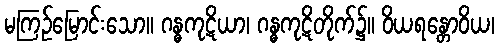
မကြဉ်မြောင်းသော။ ဂန္ဓကုဋိယာ၊ ဂန္ဓကုဋိတိုက်၌။ ဝိယရန္တောဝိယ၊